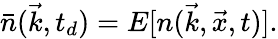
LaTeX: \bar{n}(\vec{k},t_{d})=E[n(\vec{k},\vec{x},t)].